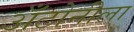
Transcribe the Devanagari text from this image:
अँटोनीला